Vaccination in Bombay 1889-1901 - 1889-1901
Year: 1889
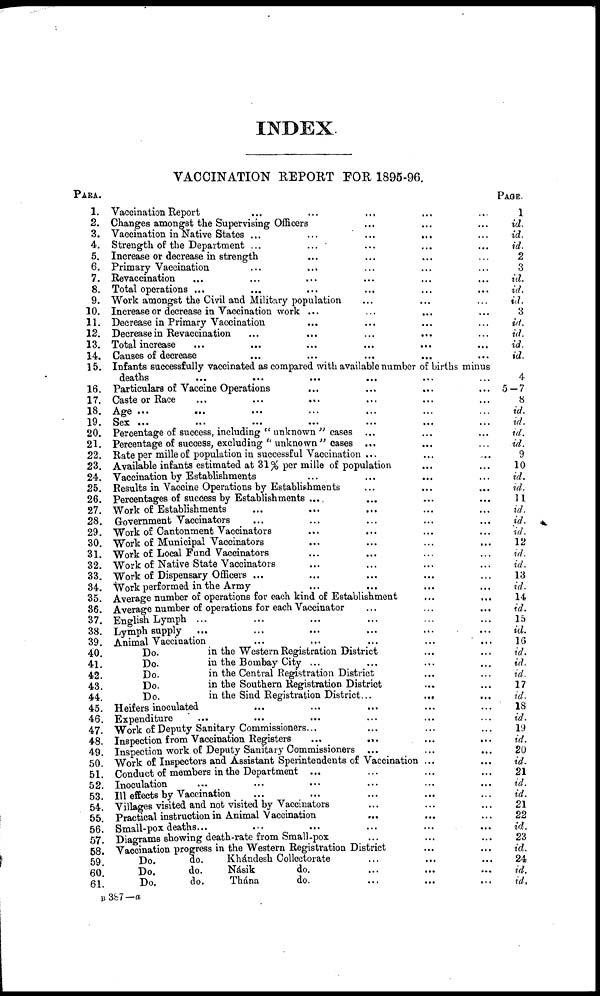
INDEX.
VACCINATION REPORT FOR 1895-96.
PARA.
1.
2.
3.
4.
5.
6.
7.
8.
9.
10.
11.
12.
13.
14.
15.
16.
17.
18.
19.
20.
21.
22.
23.
24.
25.
26.
27.
28.
29.
30.
31.
32.
33.
34.
35.
86.
37.
38.
39.
40.
41.
42.
43.
44.
45.
46.
47.
48.
49.
50.
51.
52.
53.
54.
55.
56.
57.
58.
59.
60.
61.
Vaccination Report ... ... ... ... ...
Changes amongst the Supervising Officers ... ... ...
Vaccination in Native States ... ... ... ... ...
Strength of the Department ... ... ... ... ...
Increase or decrease in strength ... ... ... ...
Primary Vaccination ... ... ... ... ...
Revaccination ... ... ... ... ... ...
Total operations ... ... ... ... ... ...
Work amongst the Civil and Military population ... ... ... ...
Increase or decrease in Vaccination work ... ... ... ... ...
Decrease in Primary Vaccination ... ... ... ...
Decrease in Revaccination ... ... ... ...
Total increase
...
...
...
...
... ...
Causes of decrease ... ... ... ... ... ...
Infants successfully vaccinated as compared with available number of births minus
deaths
...
...
...
...
... ...
Particulars of Vaccine Operations ... ... ... ...
Caste or Race ... ... ... ... ...
Age ... ... ... ... ... ... ...
Sex ... ... ... ... ... ... ...
Percentage of success, including " unknown " cases ... ... ... ...
Percentage of success, excluding " unknown" cases ... ... ... ...
Rate per mille of population in successful Vaccination ... ... ... ...
Available infants estimated at 31% per mille of population ... ...
Vaccination by Establishments ... ... ... ...
Results in Vaccine Operations by Establishments ... ... ... ...
Percentages of success by Establishments .... ... ... ...
Work of Establishments ... ... ... ... ...
Government Vaccinators ... ... ... ... ...
Work of Cantonment Vaccinators ... ... ... ...
Work of Municipal Vaccinators ... ... ... ... ...
Work of Local Fund Vaccinators ... ... ... ... ...
Work of Native State Vaccinators ... ... ... ...
Work of Dispensary Officers ... ... ... ... ...
Work performed in the Army ... ... ... ...
Average number of operations for each kind of Establishment ... ...
Average number of operations for each Vaccinator ... ... ... ...
English Lymph ... ... ... ... ... ...
Lymph supply
... ... ... ... ... ...
Animal Vaccination
...
.
...
...
...
...
Do.
in the Western Registration District ... ... ...
Do.
in the Bombay City ... ... ... ...
Do.
in the Central Registration District ... ... ... ...
Do.
in the Southern Registration District ... ... ... ...
Do.
in the Sind Registration District...
... ... ...
Heifers inoculated ... ... ... ... ...
Expenditure
...
... ... ... ...
Work of Deputy Sanitary Commissioners... ... ... ...
Inspection from Vaccination Registers
... ... ... ...
Inspection work of Deputy Sanitary Commissioners ... ... ... ...
Work of Inspectors and Assistant Sperintendents of Vaccination ... ...
Conduct of members in the Department ... ... ... ...
Inoculation
...
... ... ... ... ...
Ill effects by Vaccination
... ... ... ...
Villages visited and not visited by Vaccinators ... ... ...
Practical instruction in Animal Vaccination ... ... ...
Small-pox deaths... ... ... ... ...
Diagrams showing death-rate from Small-pox ... ... ...
Vaccination progress in the Western Registration District ... ... ...
Do.
do.
Khándesh Collectorate ... ... ...
Do.
do.
Násik
do. ... ... ...
Do.
do.
Thána
do. ... ... ...
PAGE.
1
id.
id.
id.
2
3
id.
id.
id.
3
id.
id.
id.
id.
4
5—7
8
id.
id.
id.
id.
9
10
id.
id.
11
id.
id.
id.
12
id.
id.
13
id.
14
id.
15
id.
16
id.
id.
id.
17
id.
18
id.
19
id.
20
id.
21
id.
id.
21
22
id.
23
id.
24
id.
id.
B 387—a